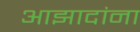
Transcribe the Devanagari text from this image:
आझादांना